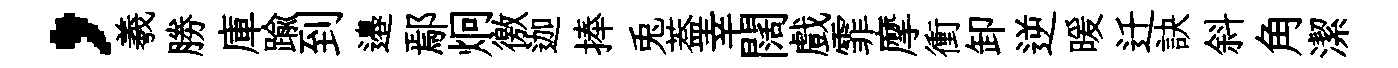
，羲勝庫踰到邉鄢炯徼迦捧兎葢幸闊戲霏摩衝卸逆暖迁訣斜角潔